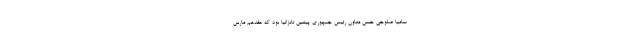
سامیا صلوحی حسن معاون رئیس جمهوری پیشین تانزانیا بود که هفدهم مارس